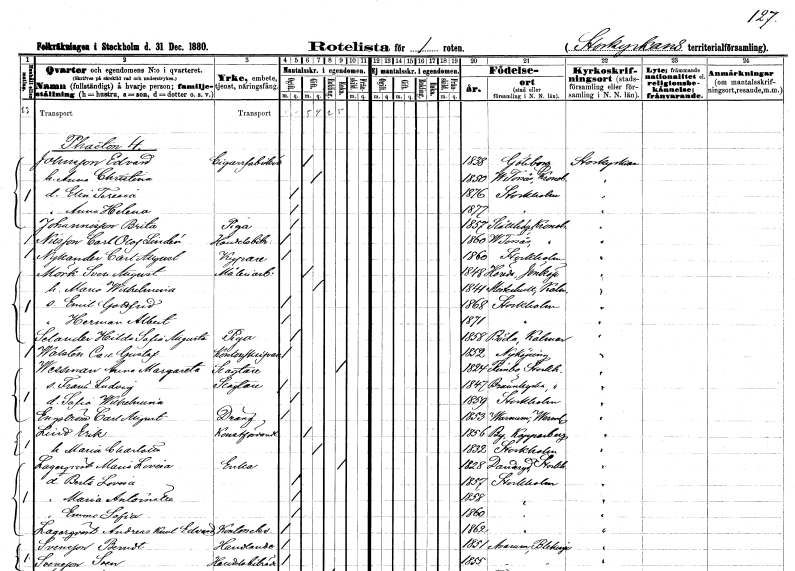
gt_parse: households: individuals: FN: Edvard
EN: Johnsson
YRKE: Cigarrfabrikör
KON: M
CIV: G
FODAR: 1838
FODFORS: Göteborg Göteborgs- och Bohuslän
FN: Anna Christina
KON: K
CIV: G
FODAR: 1850
FODFORS: Västra Torsås Kronobergs län
FN: Elin Teresia
KON: K
CIV: O
FODAR: 1876
FODFORS: Stockholm
FN: Anna Helena
KON: K
CIV: O
FODAR: 1877
FODFORS: Stockholm
FN: Brita
EN: Johannisson
YRKE: Piga
KON: K
CIV: O
FODAR: 1857
FODFORS: Slätthög Kronobergs län
FN: Carl Olof
EN: Nilsson Lindér
YRKE: Handelsbiträde
KON: M
CIV: O
FODAR: 1860
FODFORS: Västra Torsås Kronobergs län
FN: Carl August
EN: Nykander
YRKE: Kypare
KON: M
CIV: O
FODAR: 1860
FODFORS: Stockholm
FN: Sven August
EN: Mörk
YRKE: Måleriarbetare
KON: M
CIV: G
FODAR: 1848
FODFORS: Höreda Jönköpings län
FN: Maria Wilhelmina
KON: K
CIV: G
FODAR: 1841
FODFORS: Misterhult Kalmar län
FN: Emil Gottfrid
KON: M
CIV: O
FODAR: 1868
FODFORS: Stockholm
FN: Herman Albert
KON: M
CIV: O
FODAR: 1871
FODFORS: Stockholm
FN: Hilda Sofia Augusta
EN: Selander
YRKE: Piga
KON: K
CIV: O
FODAR: 1858
FODFORS: Böda Kalmar län
FN: Carl Gustaf
EN: Walsten
YRKE: Kontorsskrivare
KON: M
CIV: O
FODAR: 1852
FODFORS: Nyköping Södermanlands län
FN: Anna Margareta
EN: Wessman
YRKE: Slaktare
KON: K
CIV: E
FODAR: 1824
FODFORS: Rimbo Stockholms län
FN: Frans Ludvig
YRKE: Slaktare
KON: M
CIV: O
FODAR: 1847
FODFORS: Brännkyrka Stockholms län
FN: Sofia Wilhelmina
KON: K
CIV: O
FODAR: 1859
FODFORS: Stockholm
FN: Carl August
EN: Engström
YRKE: Dräng
KON: M
CIV: O
FODAR: 1853
FODFORS: Varnum Värmlands län
FN: Erik
EN: Lind
YRKE: Konstförvandt
KON: M
CIV: G
FODAR: 1856
FODFORS: By Kopparbergs län
FN: Maria Charlotta
KON: K
CIV: G
FODAR: 1832
FODFORS: Stockholm
FN: Maria Lovisa
EN: Lagerqvist
YRKE: Änka
KON: K
CIV: E
FODAR: 1828
FODFORS: Danderyd Stockholms län
FN: Berta Lovisa
KON: K
CIV: O
FODAR: 1857
FODFORS: Stockholm
FN: Maria Antoinetta
KON: K
CIV: O
FODAR: 1858
FODFORS: Stockholm
FN: Emma Sofia
KON: K
CIV: O
FODAR: 1860
FODFORS: Stockholm
FN: Andreas Karl Edvard
EN: Lagerqvist
YRKE: Kontorselev
KON: M
CIV: O
FODAR: 1862
FODFORS: Stockholm